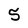
Character: 5